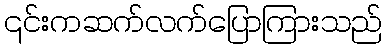
၎င်းကဆက်လက်ပြောကြားသည်